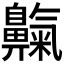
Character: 𪖴